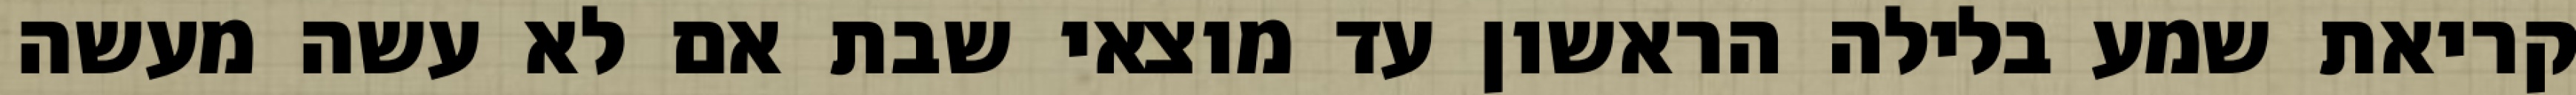
קריאת שמע בלילה הראשון עד מוצאי שבת אם לא עשה מעשה